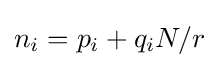
n_{i}=p_{i}+q_{i}N/r